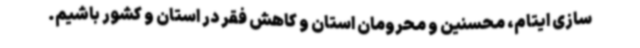
سازی ایتام، محسنین و محرومان استان و کاهش فقر در استان و کشور باشیم.